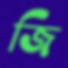
জি